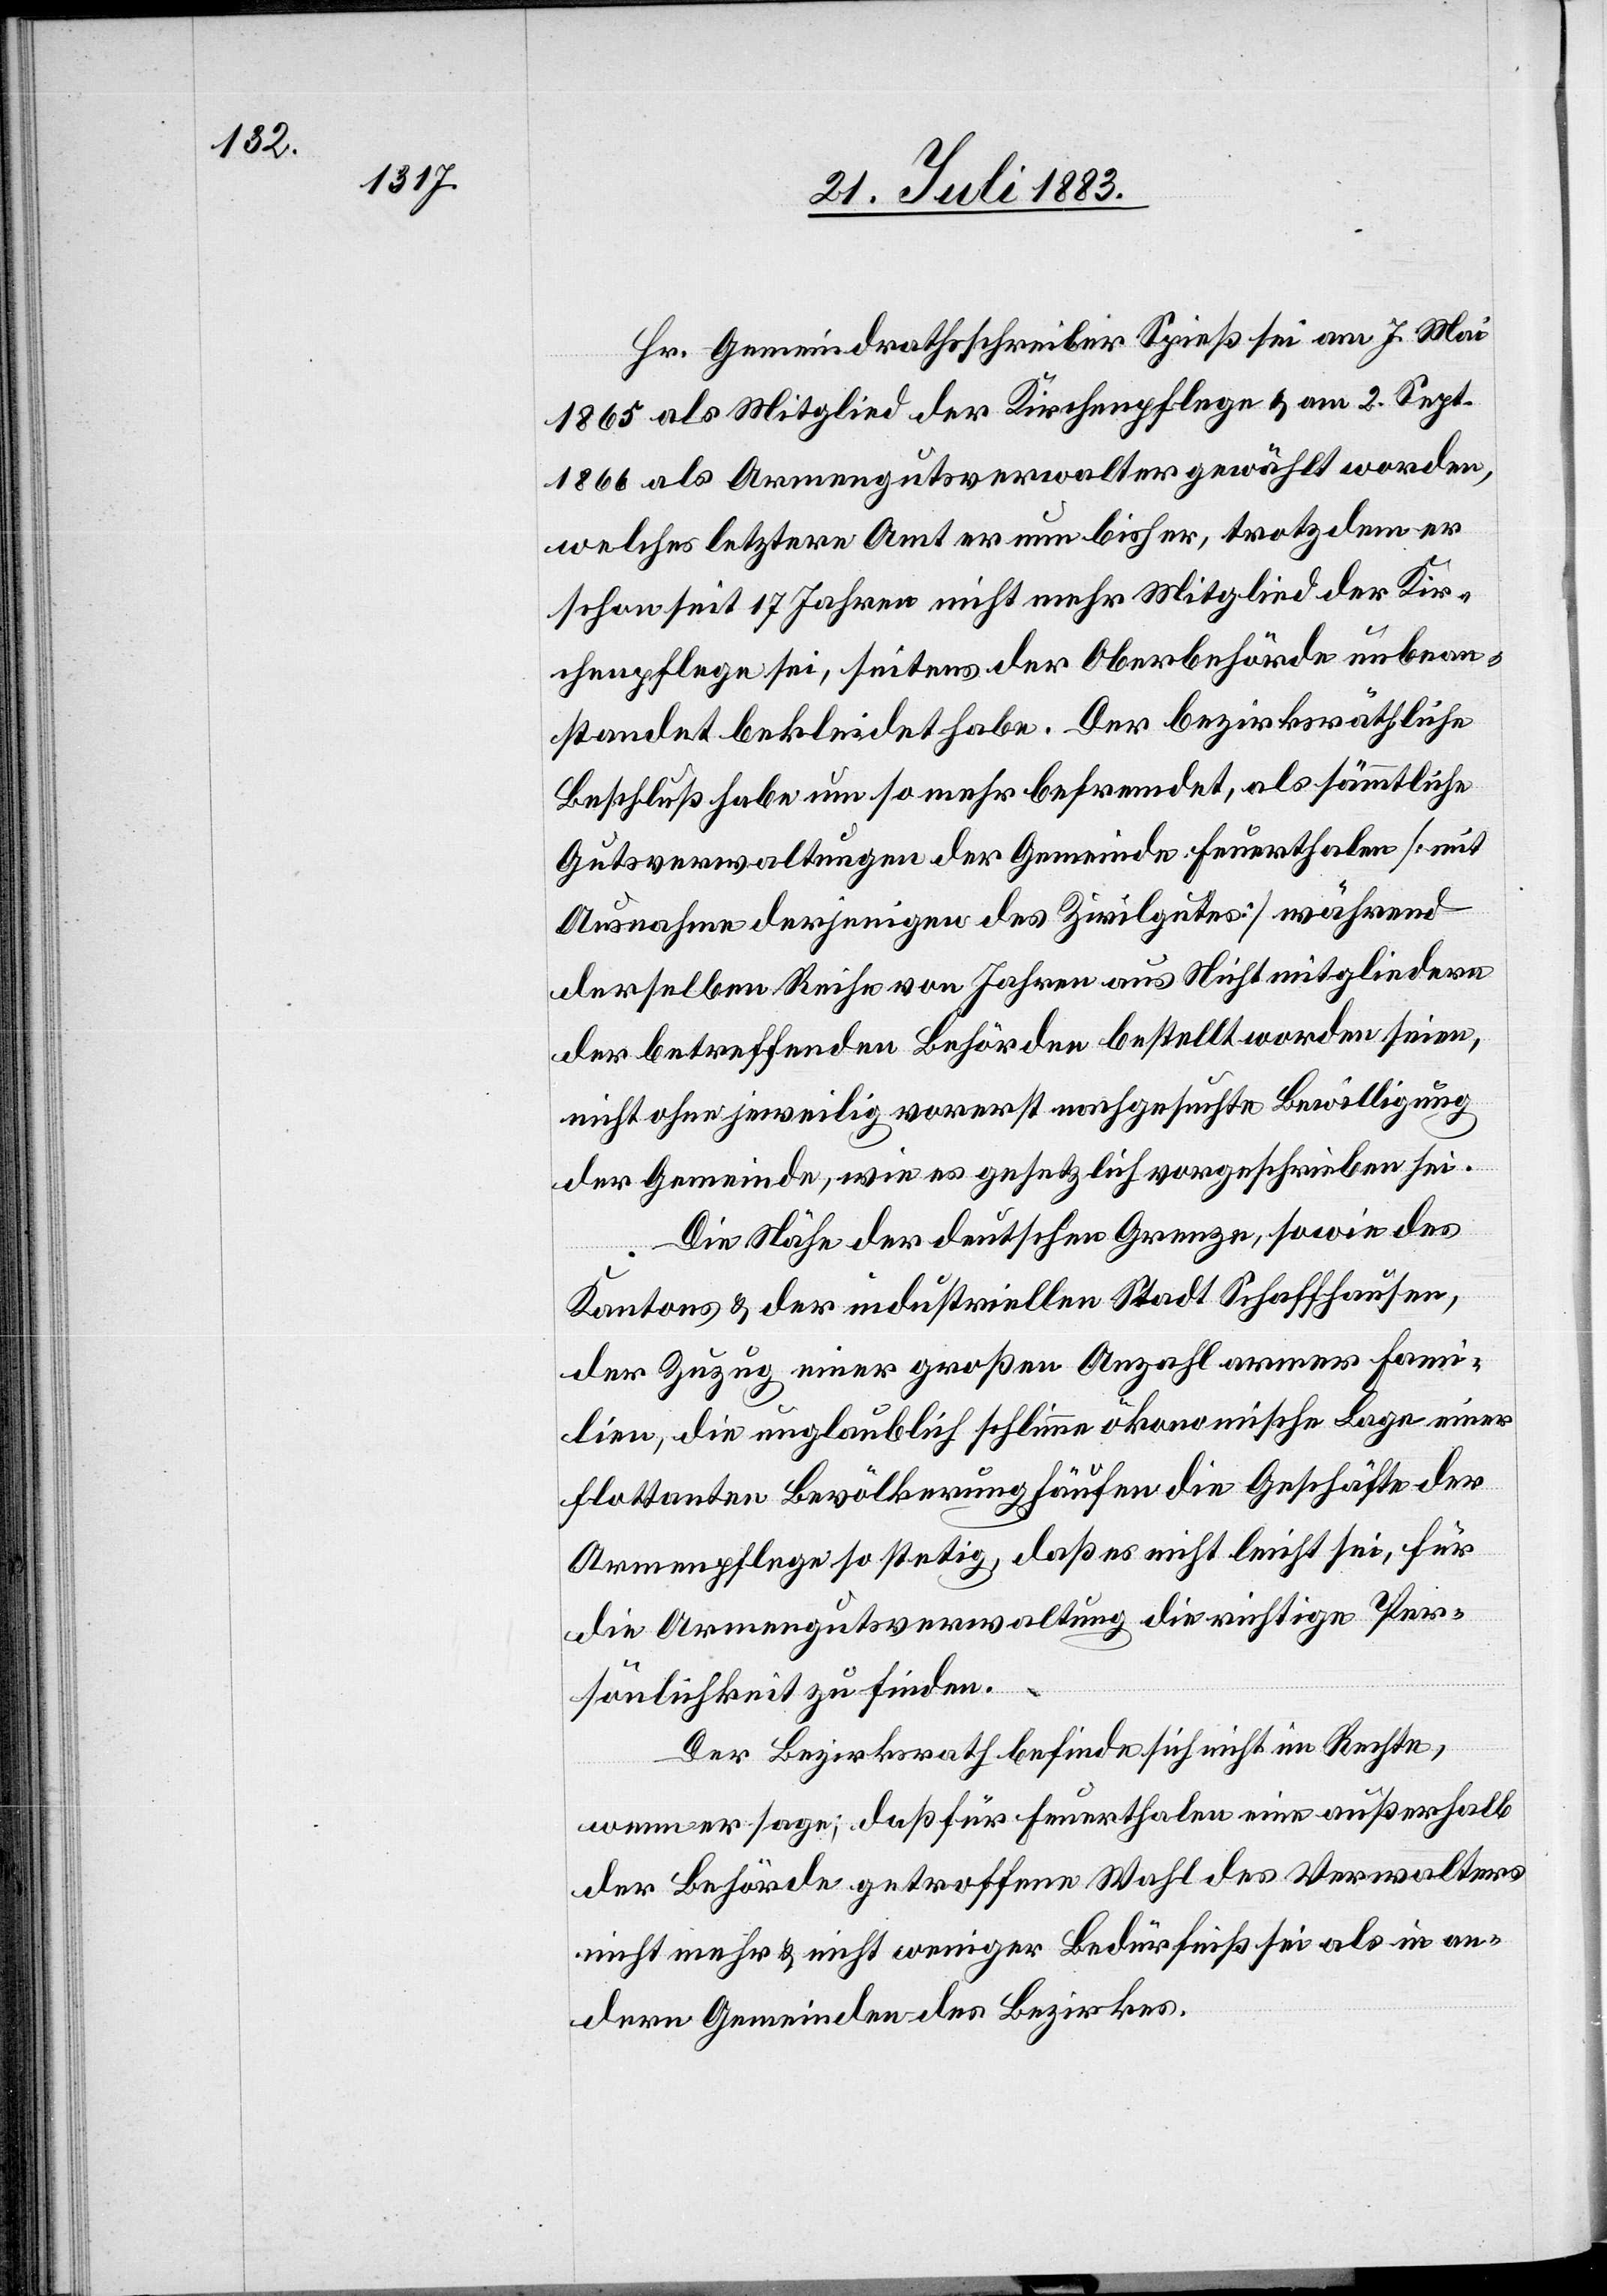
Hr. Gemeindrathsschreiber Spieß sei am 7. Mai
1865 als Mitglied der Kirchenpflege & am 2. Sept.
1866 als Armengutsverwalter gewählt worden,
welches letztere Amt er nun bisher, trotzdem er
schon seit 17 Jahren nicht mehr Mitglied der Kir¬
chenpflege sei, seitens der Oberbehörde unbean¬
standet bekleidet habe. Der bezirksräthliche
Beschluß habe um so mehr befremdet, als sämmtliche
Gutsverwaltungen der Gemeinde Feuerthalen [mit
Ausnahme derjenigen des Zivilgutes] während
derselben Reihe von Jahren aus Nichtmitgliedern
der betreffenden Behörden bestellt worden seien,
nicht ohne jeweilig vorerst nachgesuchte Bewilligung
der Gemeinde, wie es gesetzlich vorgeschrieben sei.
Die Nähe der deutschen Grenze, sowie des
Kantons & der industriellen Stadt Schaffhausen,
der Zuzug einer großen Anzahl armer Fam¬
ilien, die unglaublich schlimme ökonomische Lage einer
flottanten Bevölkerung häufen die Geschäfte der
Armenpflege so stetig, daß es nicht leicht sei für
die Armengutsverwaltung die richtige Per¬
sönlichkeit zu finden.
Der Bezirksrath befinde sich nicht im Rechte,
wenn er sage, daß für Feuerthalen eine außerhalb
der Behörde getroffene Wahl des Verwalters
nicht mehr & nicht weniger Bedürfniß sei als in an¬
dern Gemeinden des Bezirkes.